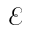
\mathcal { E }